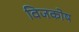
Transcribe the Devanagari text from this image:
विजकोष